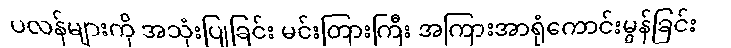
ပလန်များကို အသုံးပြုခြင်း မင်းတြားကြီး အကြားအာရုံကောင်းမွန်ခြင်း